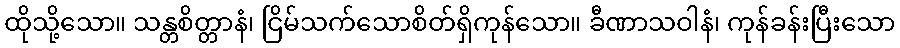
ထိုသို့သော။ သန္တစိတ္တာနံ၊ ငြိမ်သက်သောစိတ်ရှိကုန်သော။ ခီဏာသဝါနံ၊ ကုန်ခန်းပြီးသော